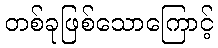
တစ်ခုဖြစ်သောကြောင့်